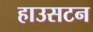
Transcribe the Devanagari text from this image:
हाउसटन